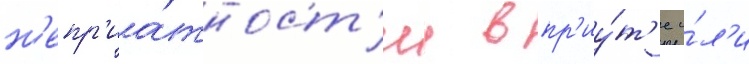
н'епр'иа́тност'и в пр'иу́т'е и́л'и